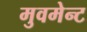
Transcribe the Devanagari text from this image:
मुवमेन्ट